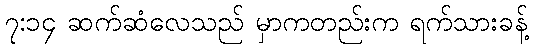
၇:၁၄ ဆက်ဆံလေသည် မှာကတည်းက ရက်သားခန့်